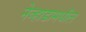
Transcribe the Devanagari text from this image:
नेव्हाडामधील